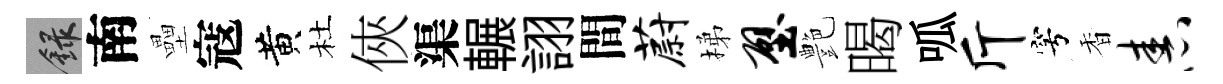
録南壘寇黄杜俠渠輾詡間蔚梯壁艶暍呱斤穹香舂